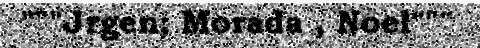
"""Jrgen; Morada , Noel"""